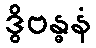
ဒွိဗန္ဓနံ